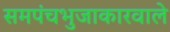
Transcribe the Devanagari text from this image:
समपंचभुजाकारवाले